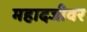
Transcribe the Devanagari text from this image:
महादजीवर